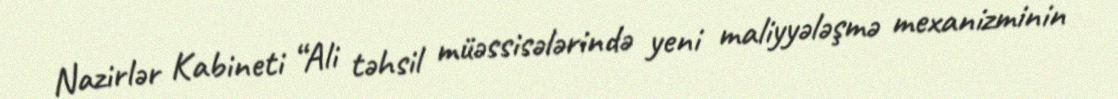
Nazirlər Kabineti “Ali təhsil müəssisələrində yeni maliyyələşmə mexanizminin